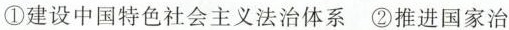
①建设中国特色社会主义法治体系②推进国家治